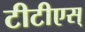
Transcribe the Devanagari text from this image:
टीटीएस्